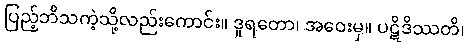
ပြည့်ဘိသကဲ့သို့လည်းကောင်း။ ဒူရတော၊ အဝေးမှ။ ပဋိဒိဿတိ၊